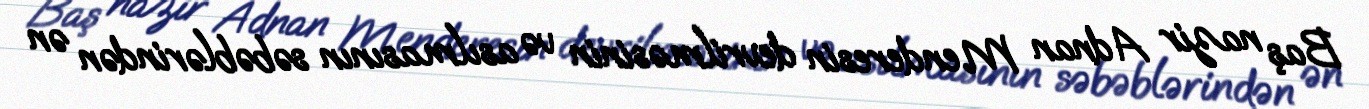
Baş nazir Adnan Menderesin devrilməsinin və asılmasının səbəblərindən ən